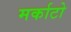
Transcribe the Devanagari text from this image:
मर्काटो